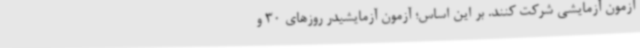
آزمون آزمایشی شرکت کنند. بر این اساس؛ آزمون آزمایشیدر روزهای 30 و